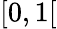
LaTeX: [0,1[